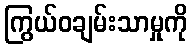
ကြွယ်ဝချမ်းသာမှုကို